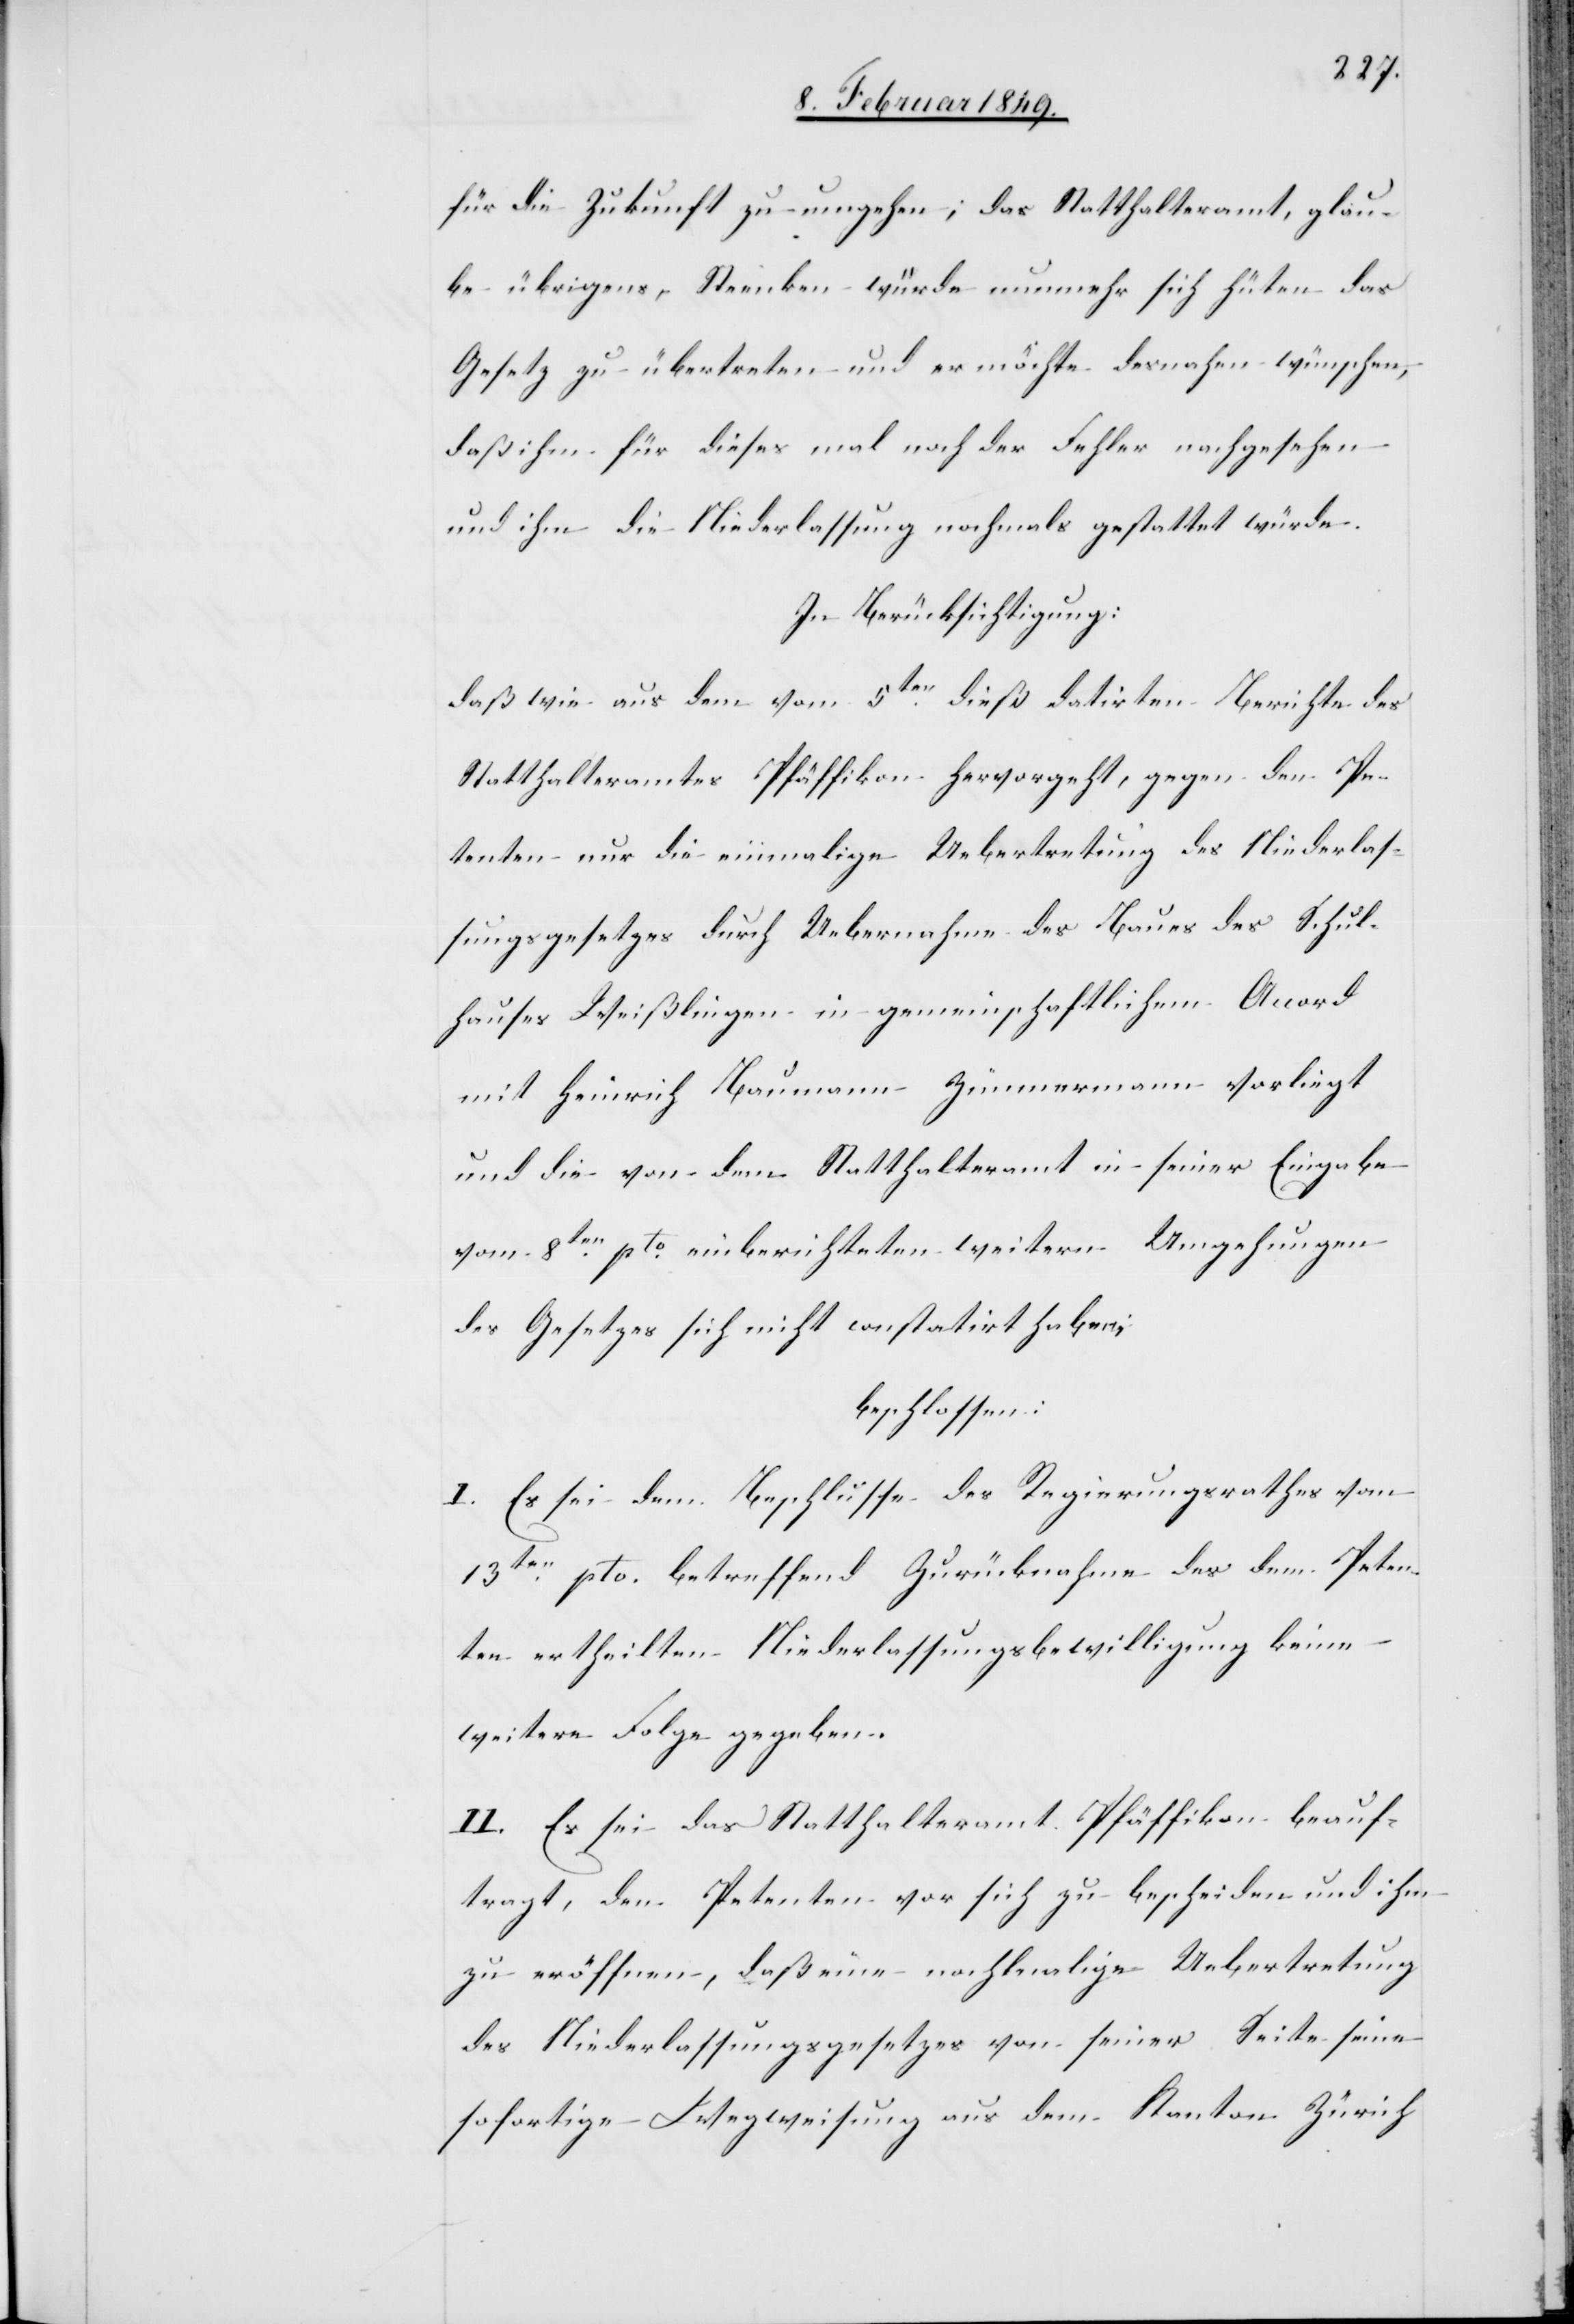
für die Zukunft zu umgehen; das Statthalteramt, glau¬
be übrigens, Steenken würde nunmehr sich hüten das
Gesetz zu übertreten und er möchte desnahen wünschen,
daß ihm für dieses mal noch der Fehler nachgesehen
und ihm die Niederlassung nochmals gestattet würde.
In Berücksichtigung:
daß wie aus dem vom 5ten. dieß datirten Berichte des
Statthalteramtes Pfäffikon hervorgeht, gegen den Pe¬
tenten nur die einmalige Uebertretung des Niederlas¬
sungsgesetzes durch Uebernahme des Baues des Schul¬
hauses Weißlingen in gemeinschaftlichem Accord
mit Heinrich Baumann Zimmermann vorliegt
und die von dem Statthalteramt in seiner Eingabe
vom 8ten. pto. einberichteten weitern Umgehungen
des Gesetzes sich nicht constatirt haben;
beschlossen:
I. Es sei dem Beschlusse des Regierungsrathes vom
13ten. pto. betreffend Zurücknahme des [sic!] dem Peten¬
ten ertheilten Niederlassungsbewilligung keine
weitere Folge gegeben.
II. Es sei das Statthalteramt Pfäffikon beauf¬
tragt, den Petenten vor sich zu bescheiden und ihm
zu eröffnen, daß eine noch[?]alige Uebertretung
des Niederlassungsgesetzes von seiner Seite seine
sofortige Wegweisung aus dem Kanton Zürich